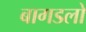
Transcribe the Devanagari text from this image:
बागडलो